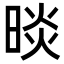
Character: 晱